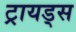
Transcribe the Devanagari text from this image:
ट्रायड्स